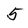
Character: 5